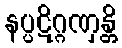
နပ္ပဋိဂ္ဂဏှန္တိ